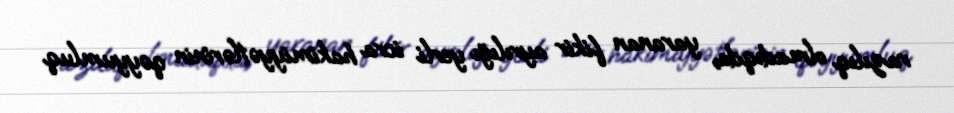
razılıq olmadıqda, yaranan fikir ayrılığı yerli icra hakimiyyətlərinin qəyyumluq